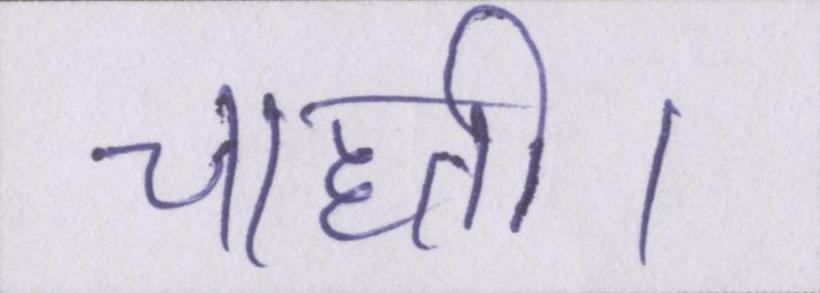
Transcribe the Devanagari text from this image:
चाहती।